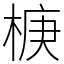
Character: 椩